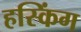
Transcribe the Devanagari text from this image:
हस्किंग